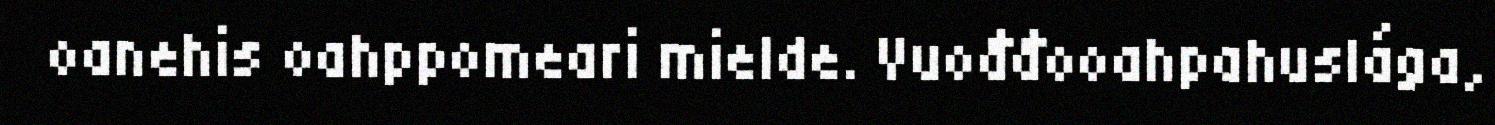
oanehis oahppomeari mielde. Vuođđooahpahuslága,